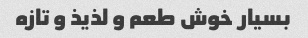
بسیار خوش طعم و لذیذ و تازه